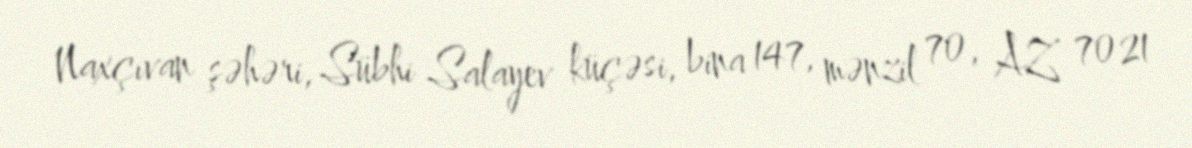
Naxçıvan şəhəri, Sübhi Salayev küçəsi, bina 147, mənzil 70, AZ 7021